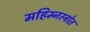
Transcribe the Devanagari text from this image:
महिम्नस्त्रोत